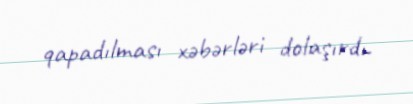
qapadılması xəbərləri dolaşırdı.